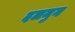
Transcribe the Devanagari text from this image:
दलमुन